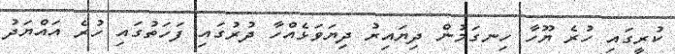
ކުރީގައި ހުރެ ޔޫހާ ހިނގަމުން ދިޔައިރު ދިޔަވަޅެއްހާ ދުރުގައި ފަހަތުގައި ހުރެ އައްޔަދު